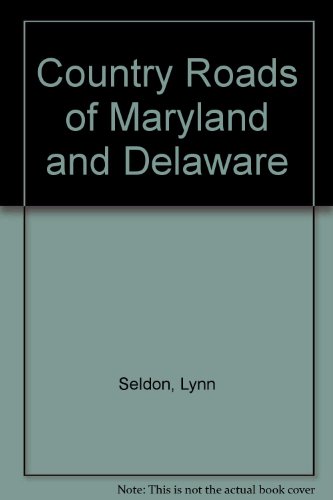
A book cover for Country Roads of Maryland & Delaware; Lynn Seldon; Travel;